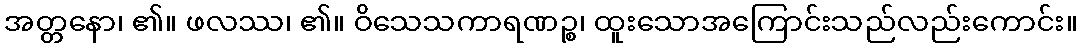
အတ္တနော၊ ၏။ ဖလဿ၊ ၏။ ဝိသေသကာရဏဉ္စ၊ ထူးသောအကြောင်းသည်လည်းကောင်း။